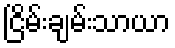
ငြိမ်းချမ်းသာယာ